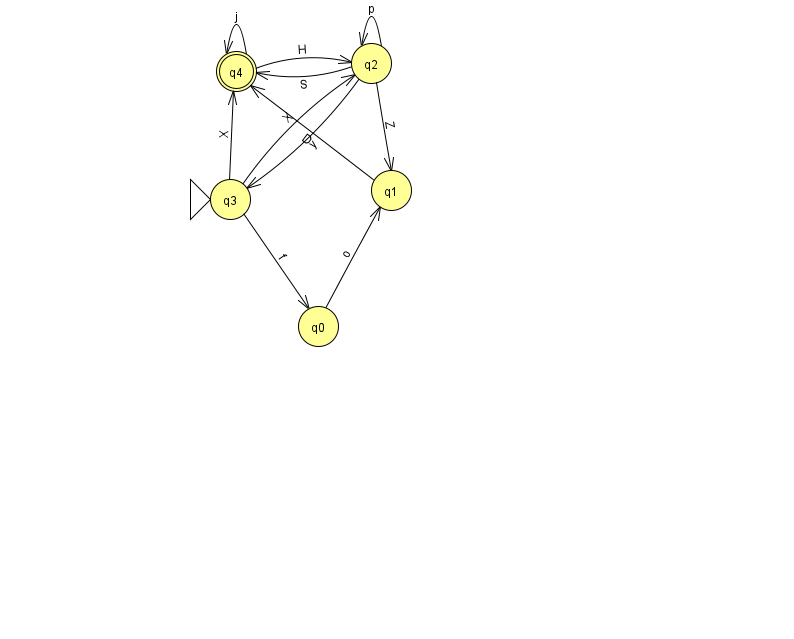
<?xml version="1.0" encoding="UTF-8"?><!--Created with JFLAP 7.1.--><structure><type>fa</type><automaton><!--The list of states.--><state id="0" name="q0"><x>318.0</x><y>313.0</y></state><state id="1" name="q1"><x>391.0</x><y>177.0</y></state><state id="2" name="q2"><x>371.0</x><y>50.0</y></state><state id="3" name="q3"><x>230.0</x><y>186.0</y><initial/></state><state id="4" name="q4"><x>236.0</x><y>58.0</y><final/></state><!--The list of transitions.--><transition><from>0</from><to>1</to><read>o</read></transition><transition><from>2</from><to>2</to><read>p</read></transition><transition><from>3</from><to>4</to><read>X</read></transition><transition><from>3</from><to>2</to><read>X</read></transition><transition><from>2</from><to>1</to><read>Z</read></transition><transition><from>2</from><to>3</to><read>y</read></transition><transition><from>2</from><to>4</to><read>S</read></transition><transition><from>3</from><to>0</to><read>f</read></transition><transition><from>4</from><to>4</to><read>j</read></transition><transition><from>4</from><to>2</to><read>H</read></transition><transition><from>1</from><to>4</to><read>D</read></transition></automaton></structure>